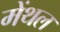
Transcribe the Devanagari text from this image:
मेंथल